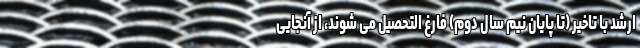
ارشد با تاخیر (تا پایان نیم سال دوم) فارغ التحصیل می شوند، از آنجایی